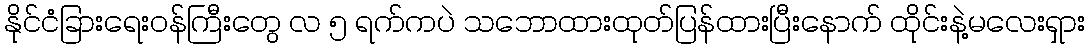
နိုင်ငံခြားရေးဝန်ကြီးတွေ လ ၅ ရက်ကပဲ သဘောထားထုတ်ပြန်ထားပြီးနောက် ထိုင်းနဲ့မလေးရှား